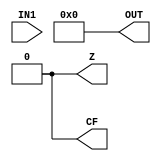
`timescale 1ns / 1ps
//////////////////////////////////////////////////////////////////////////////////
// Company: 
// Engineer: 
// 
// Design Name: 
// Module Name: ZERO
// Project Name: 
// Target Devices: 
// Tool Versions: 
// Description: 
// 
// Dependencies: 
// 
// Revision:
// Revision 0.01 - File Created
// Additional Comments:
// 
//////////////////////////////////////////////////////////////////////////////////


module ZERO(
    input wire[3:0] IN1,
    output wire [3:0] OUT,
    output wire Z,
    output wire CF
    );
    
    assign OUT = 0;
    assign Z = 0;
    assign CF = 0;
endmodule